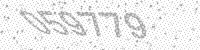
Solution: 059779